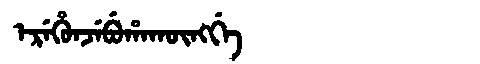
Manchu: ᡝᡵᡝᡥᡠᠨᠵᡝᠪᡠᡥᠠᡴᡡᠩᡤᡝ
Romanization: EREHUNJEBUHAKŪNGGE